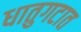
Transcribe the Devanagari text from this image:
धातुगटात